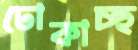
ঢোকাচ্ছ